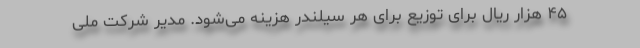
۴۵ هزار ریال برای توزیع برای هر سیلندر هزینه می‌شود. مدیر شرکت ملی